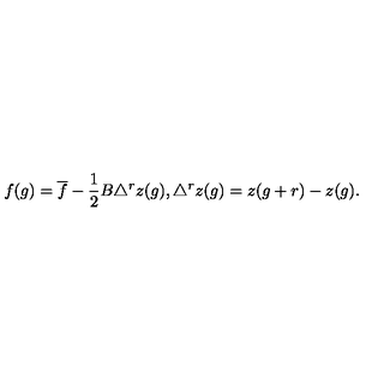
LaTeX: f ( g ) = \overline { { f } } - \frac { 1 } { 2 } B \triangle ^ { r } z ( g ) , \triangle ^ { r } z ( g ) = z ( g + r ) - z ( g ) .